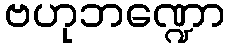
ဗဟုဘဏ္ဍော